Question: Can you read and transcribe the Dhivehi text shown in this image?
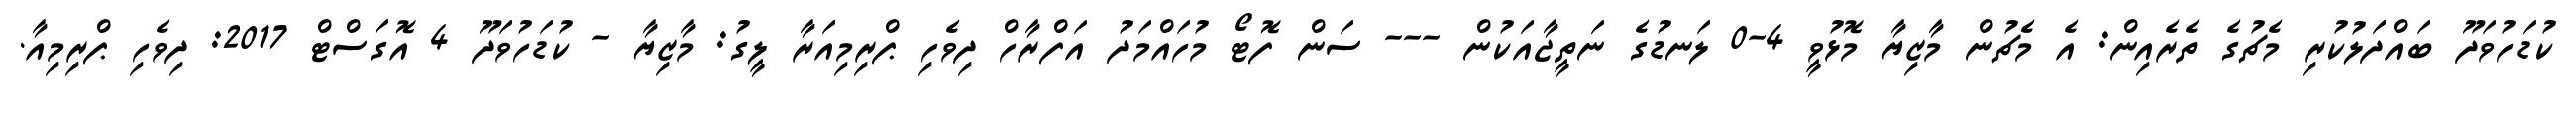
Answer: ކުޑަހުވަދޫ ބައްދަލުކުރި މެޗުގެ ތެރެއިން: އެ މެޗުން މާޒިޔާ މޮޅުވީ 4-0 ލަނޑުގެ ނަތީޖާއަކުން --- ސަން ފޮޓޯ މުހައްމަދު އަފްރާހް ދިވެހި ޕްރިމިއަރާ ލީގު: މާޒިޔާ - ކުޑަހުވަދޫ 4 އޮގަސްޓް 2017: ދިވެހި ޕްރިމިއާ.